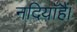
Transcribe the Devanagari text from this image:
नदियाँहैं।